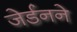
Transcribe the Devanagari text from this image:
जेर्डनने